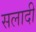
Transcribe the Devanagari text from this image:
सलादी